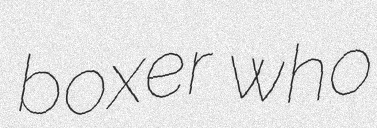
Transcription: boxer who